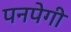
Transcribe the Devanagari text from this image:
पनपेगी